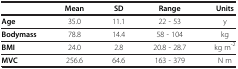
|  | Mean | SD | Range | Units |
 | --- | --- | --- | --- | --- |
 | Age | 35.0 | 11.1 | 22 - 53 | y |
 | Bodymass | 78.8 | 14.4 | 58 - 104 | kg |
 | BMI | 24.0 | 2.8 | 20.8 - 28.7 | kg m-2 |
 | MVC | 256.6 | 64.6 | 163 - 379 | N m |